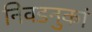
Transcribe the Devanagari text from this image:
निवडनुकां